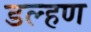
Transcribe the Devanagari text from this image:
डल्हण